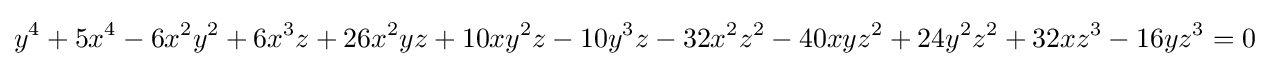
y^{4}+5x^{4}-6x^{2}y^{2}+6x^{3}z+26x^{2}yz+10xy^{2}z-10y^{3}z-32x^{2}z^{2}-40xyz^{2}+24y^{2}z^{2}+32xz^{3}-16yz^{3}=0